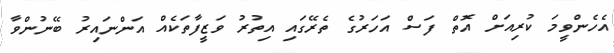
އެހެންވީމަ ކުރިއަށް އޮތް ފަސް އަހަރުގެ ތެރޭގައި އިތުރު ވަޒީފާތަކެއް އަންނައިރު ބޭނުންވާ